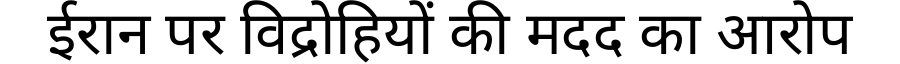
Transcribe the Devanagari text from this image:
ईरान पर विद्रोहियों की मदद का आरोप